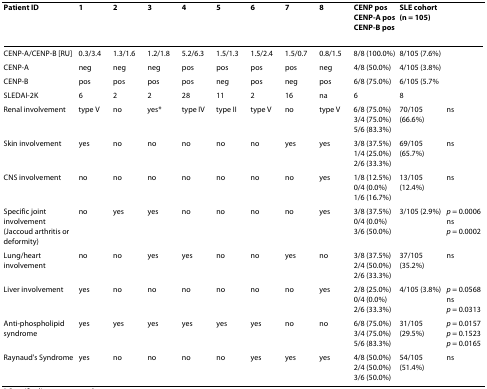
| Patient ID | 1 | 2 | 3 | 4 | 5 | 6 | 7 | 8 | CENP posCENP-A posCENP-B pos | SLE cohort(n = 105) |  |
 | --- | --- | --- | --- | --- | --- | --- | --- | --- | --- | --- | --- |
 | CENP-A/CENP-B [RU] | 0.3/3.4 | 1.3/1.6 | 1.2/1.8 | 5.2/6.3 | 1.5/1.3 | 1.5/2.4 | 1.5/0.7 | 0.8/1.5 | 8/8 (100.0%) | 8/105 (7.6%) |  |
 | CENP-A | neg | neg | neg | pos | pos | pos | pos | neg | 4/8 (50.0%) | 4/105 (3.8%) |  |
 | CENP-B | pos | pos | pos | pos | neg | pos | neg | pos | 6/8 (75.0%) | 6/105 (5.7% |  |
 | SLEDAI-2K | 6 | 2 | 2 | 28 | 11 | 2 | 16 | na | 6 | 8 |  |
 | Renal involvement | type V | no | yes* | type IV | type II | type V | no | type V | 6/8 (75.0%)3/4 (75.0%)5/6 (83.3%) | 70/105 (66.6%) | ns |
 | Skin involvement | yes | no | no | no | no | no | yes | yes | 3/8 (37.5%)1/4 (25.0%)2/6 (33.3%) | 69/105 (65.7%) | ns |
 | CNS involvement | no | no | no | no | no | no | no | yes | 1/8 (12.5%)0/4 (0.0%)1/6 (16.7%) | 13/105 (12.4%) | ns |
 | Specific joint involvement (Jaccoud arthritis or deformity) | no | yes | yes | no | no | no | no | yes | 3/8 (37.5%)0/4 (0.0%)3/6 (50.0%) | 3/105 (2.9%) | p = 0.0006nsp = 0.0002 |
 | Lung/heart involvement | no | no | yes | yes | no | no | yes | no | 3/8 (37.5%)2/4 (50.0%)2/6 (33.3%) | 37/105 (35.2%) | ns |
 | Liver involvement | yes | no | no | no | no | no | no | yes | 2/8 (25.0%)0/4 (0.0%)2/6 (33.3%) | 4/105 (3.8%) | p = 0.0568nsp = 0.0313 |
 | Anti-phospholipid syndrome | yes | yes | yes | yes | yes | yes | no | no | 6/8 (75.0%)3/4 (75.0%)5/6 (83.3%) | 31/105 (29.5%) | p = 0.0157p = 0.1523p = 0.0165 |
 | Raynaud's Syndrome | yes | no | no | no | no | yes | yes | yes | 4/8 (50.0%)2/4 (50.0%)3/6 (50.0%) | 54/105 (51.4%) | ns |